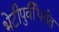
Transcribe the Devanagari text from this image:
भेटीपुर्वीपर्यंत